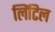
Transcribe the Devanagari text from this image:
लिंटिल